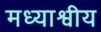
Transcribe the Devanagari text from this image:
मध्याश्वीय